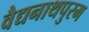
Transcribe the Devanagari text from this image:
वैद्यनाथपुरम